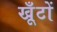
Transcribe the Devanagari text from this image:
खूँटों